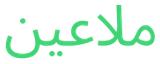
ملاعين